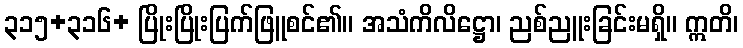
၃၁၅+၃၁၆+ ပြိုးပြိုးပြက်ဖြူစင်၏။ အသံကိလိဋ္ဌော၊ ညစ်ညူးခြင်းမရှိ။ ဣတိ၊